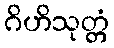
ဂိဟိသုတ္တံ